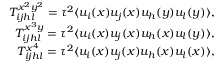
\begin{array} { r l r } & { } & { T _ { i j h l } ^ { x ^ { 2 } y ^ { 2 } } = \tau ^ { 2 } \langle u _ { i } ( \boldsymbol { x } ) u _ { j } ( \boldsymbol { x } ) u _ { h } ( \boldsymbol { y } ) u _ { l } ( \boldsymbol { y } ) \rangle , } \\ & { } & { T _ { i j h l } ^ { x ^ { 3 } y } = \tau ^ { 2 } \langle u _ { i } ( \boldsymbol { x } ) u _ { j } ( \boldsymbol { x } ) u _ { h } ( \boldsymbol { x } ) u _ { l } ( \boldsymbol { y } ) \rangle , } \\ & { } & { T _ { i j h l } ^ { x ^ { 4 } } = \tau ^ { 2 } \langle u _ { i } ( \boldsymbol { x } ) u _ { j } ( \boldsymbol { x } ) u _ { h } ( \boldsymbol { x } ) u _ { l } ( \boldsymbol { x } ) \rangle , } \end{array}